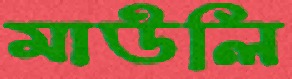
মাউলি